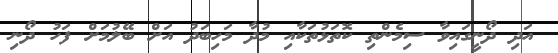
އަދި ދޯނީގައިވާ ސިމެންތި ކޮތަޅުތަކާއި މުދާ މަހިބަދު އަށް ބޭލުމަށް ފަހު ދޯނި